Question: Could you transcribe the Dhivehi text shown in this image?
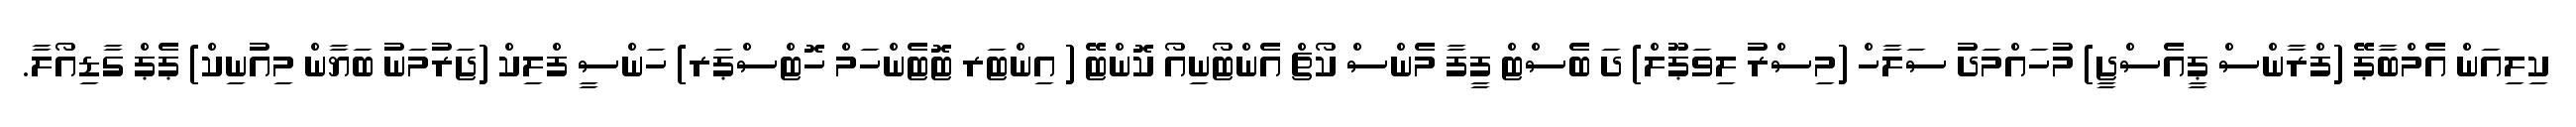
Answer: ކިލިއަން އެމްބާޕޭ (ފްރާންސް ޕީއެސްޖީ) މުހައްމަދު ސަލާހް (މިސްރު ލިވަޕޫލް) ދަ ބެސްޓް ފީފާ މެންސް ކޯޗް އެންޓޯނިއޯ ކޮންޓޭ ( އިންޓަރ ޓޮޓެންހަމް ހޮޓްސްޕަރ) ހަންސީ ފްލިކް (ޖަރުމަނު ބަޔާން މިއުނިކް) ޕެޕް ގާޑިއޯލާ.